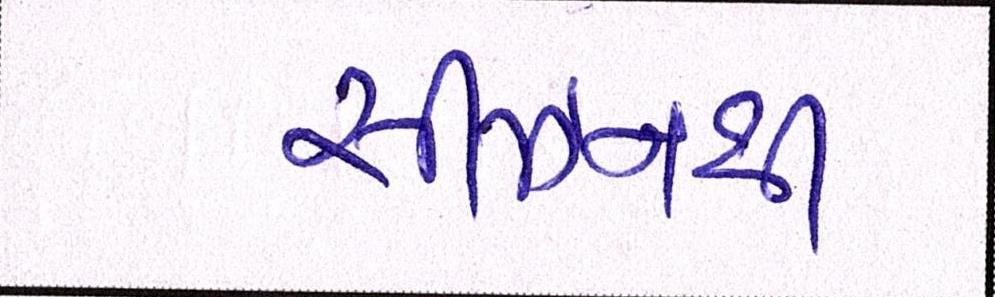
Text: સીઝનથી